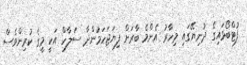
ފުޓްބޯޅައިގެ ދުނިޔޭގައި މިހާރު އެންމެ ބާރަށް ފިޔަޖަހަމުންދާ ސަލާހް އަކީ މީގެ ކުރިންވެސް